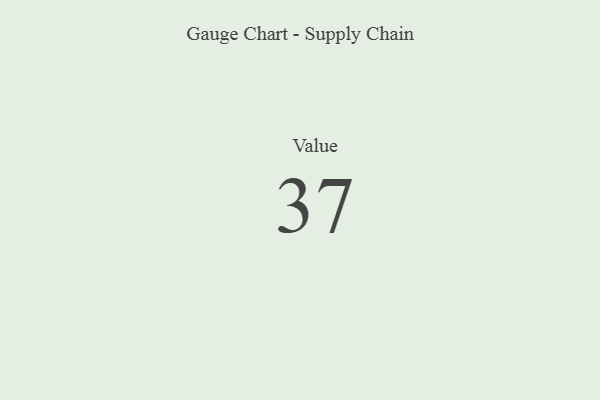
{"axis": {"x": "Metric", "y": "Value"}, "legend": [""], "data": [{"x": "Value", "y": 37, "type": ""}]}